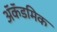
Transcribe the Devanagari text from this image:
ॲकॅडमिक